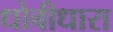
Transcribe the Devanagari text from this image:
धोबीधारा